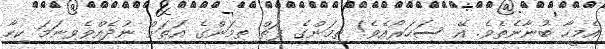
އެމީހާ ބުނާނެތެވެ. އޭ ސަހަރޯއެވެ! ތިމަންގެ ފަތް ތިމަންގެ އަތަށް ނުދެއްވެވިނަމަ ކިހާ